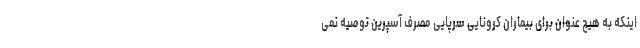
اینکه به هیچ عنوان برای بیماران کرونایی سرپایی مصرف آسپرین توصیه نمی